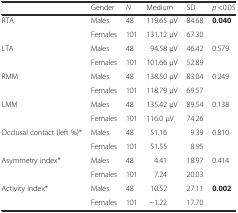
<table><thead><tr><td></td><td><b>Gender</b></td><td><b><i>N</i></b></td><td><b>Medium</b></td><td><b>SD</b></td><td><b><i>p</i> &lt;0.05</b></td></tr></thead><tbody><tr><td rowspan="2">RTA</td><td>Males</td><td>48</td><td>119.65 μV</td><td>84.68</td><td rowspan="2"><b>0.040</b></td></tr><tr><td>Females</td><td>101</td><td>131.12 μV</td><td>67.30</td></tr><tr><td rowspan="2">LTA</td><td>Males</td><td>48</td><td>94.58 μV</td><td>46.42</td><td rowspan="2">0.579</td></tr><tr><td>Females</td><td>101</td><td>101.66 μV</td><td>52.89</td></tr><tr><td rowspan="2">RMM</td><td>Males</td><td>48</td><td>138.50 μV</td><td>83.04</td><td rowspan="2">0.249</td></tr><tr><td>Females</td><td>101</td><td>118.79 μV</td><td>69.57</td></tr><tr><td rowspan="2">LMM</td><td>Males</td><td>48</td><td>135.42 μV</td><td>89.54</td><td rowspan="2">0.138</td></tr><tr><td>Females</td><td>101</td><td>116.0 μV</td><td>74.26</td></tr><tr><td rowspan="2">Occlusal contact (left %)*</td><td>Males</td><td>48</td><td>51.16</td><td>9.39</td><td rowspan="2">0.810</td></tr><tr><td>Females</td><td>101</td><td>51.55</td><td>8.95</td></tr><tr><td rowspan="2">Asymmetry index*</td><td>Males</td><td>48</td><td>4.41</td><td>18.97</td><td rowspan="2">0.414</td></tr><tr><td>Females</td><td>101</td><td>7.24</td><td>20.03</td></tr><tr><td rowspan="2">Activity index*</td><td>Males</td><td>48</td><td>10.52</td><td>27.11</td><td rowspan="2"><b>0.002</b></td></tr><tr><td>Females</td><td>101</td><td>−1.22</td><td>17.70</td></tr></tbody></table>